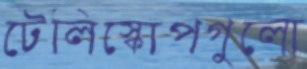
টেলিস্কোপগুলো